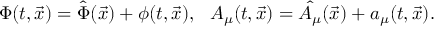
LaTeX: \Phi ( t , \vec { x } ) = \hat { \Phi } ( \vec { x } ) + \phi ( t , \vec { x } ) , \: \: \: A _ { \mu } ( t , \vec { x } ) = \hat { A _ { \mu } } ( \vec { x } ) + a _ { \mu } ( t , \vec { x } ) .